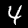
Label: 4